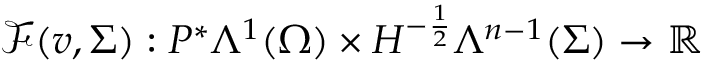
\mathcal { F } ( v , \Sigma ) : P ^ { \ast } \Lambda ^ { 1 } ( \Omega ) \times H ^ { - \frac { 1 } { 2 } } \Lambda ^ { n - 1 } ( \Sigma ) \to \mathbb { R }